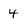
Character: 4